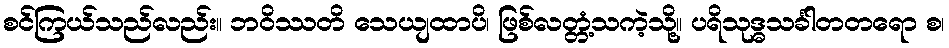
စင်ကြယ်သည်လည်း။ ဘဝိဿတိ သေယျထာပိ၊ ဖြစ်လတ္တံ့သကဲ့သို့။ ပရိသုဒ္ဓသင်္ခါတတရော စ၊